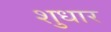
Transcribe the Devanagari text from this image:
शुधार